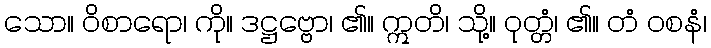
သော။ ဝိစာရော၊ ကို။ ဒဋ္ဌဗ္ဗော၊ ၏။ ဣတိ၊ သို့။ ဝုတ္တံ၊ ၏။ တံ ဝစနံ၊